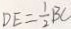
D E = \frac { 1 } { 2 } B C